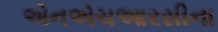
એનએચઆરસીના